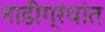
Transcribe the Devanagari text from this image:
नाडीग्रंथांत